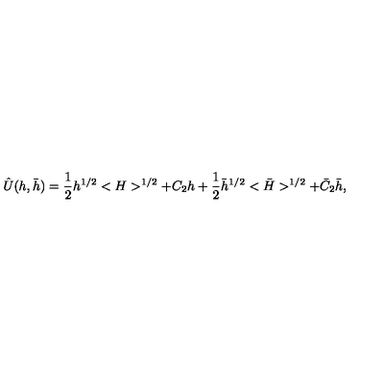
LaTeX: \hat { U } ( h , \bar { h } ) = { \frac { 1 } { 2 } } h ^ { 1 / 2 } < H > ^ { 1 / 2 } + C _ { 2 } h + { \frac { 1 } { 2 } } \bar { h } ^ { 1 / 2 } < \bar { H } > ^ { 1 / 2 } + \bar { C } _ { 2 } \bar { h } ,